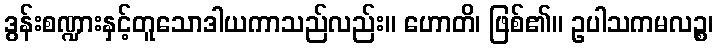
ဒွန်းစဏ္ဍားနှင့်တူသောဒါယကာသည်လည်း။ ဟောတိ၊ ဖြစ်၏။ ဥပါသကမလဉ္စ၊